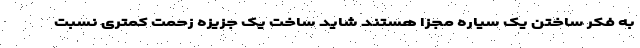
به فکر ساختن یک سیاره مجزا هستند شاید ساخت یک جزیزه زحمت کمتری نسبت